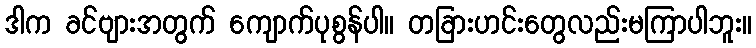
ဒါက ခင်ဗျားအတွက် ကျောက်ပုစွန်ပါ။ တခြားဟင်းတွေလည်းမကြာပါဘူး။